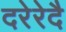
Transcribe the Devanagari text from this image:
दरेरेदै